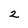
Character: 2